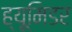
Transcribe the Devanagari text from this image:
ह्यूमिडर